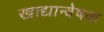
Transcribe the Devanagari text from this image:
खाद्यान्वेषक